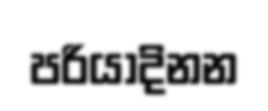
පරියාදිනන